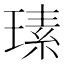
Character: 𤨄